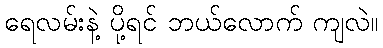
ရေလမ်းနဲ့ ပို့ရင် ဘယ်လောက် ကျလဲ။